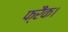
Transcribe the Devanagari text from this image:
फ्रैंक।